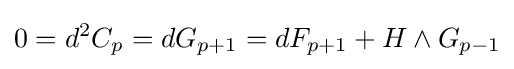
0=d^{2}C_{p}=dG_{p+1}=dF_{p+1}+H\wedge G_{p-1}